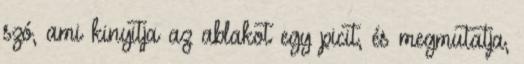
szó, ami kinyitja az ablakot egy picit, és megmutatja,